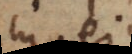
in eo